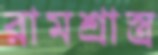
রামশ্রাস্ত্র